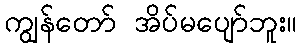
ကျွန်တော် အိပ်မပျော်ဘူး။